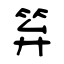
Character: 笲